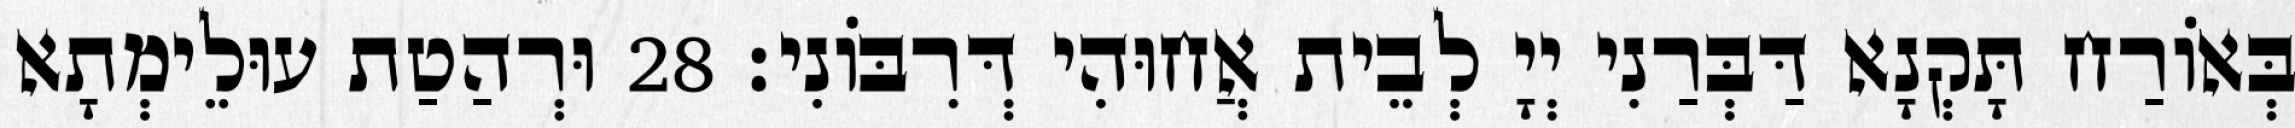
בְּאוֹרַח תָּקְנָא דַּבְּרַנִי יְיָ לְבֵית אֲחוּהִי דְּרִבּוֹנִי׃ 28 וּרְהַטַת עוּלֵימְתָא